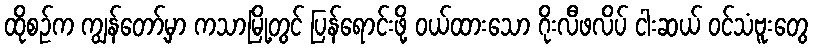
ထိုစဉ်က ကျွန်တော့်မှာ ကသာမြို့တွင် ပြန်ရောင်းဖို့ ဝယ်ထားသော ဂိုးလီဖလိပ် ငါးဆယ် ဝင်သံဗူးတွေ